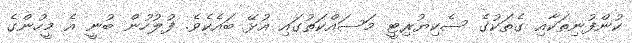
ކުންފުނިތަކާއި ގެތަކުގެ ސެކިޔުރިޓީ މަސައްކަތުގައި އުޅޭ ބައެކެވެ. ފުލުހުން ބުނީ އެ މީހުންގެ